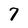
Character: 7